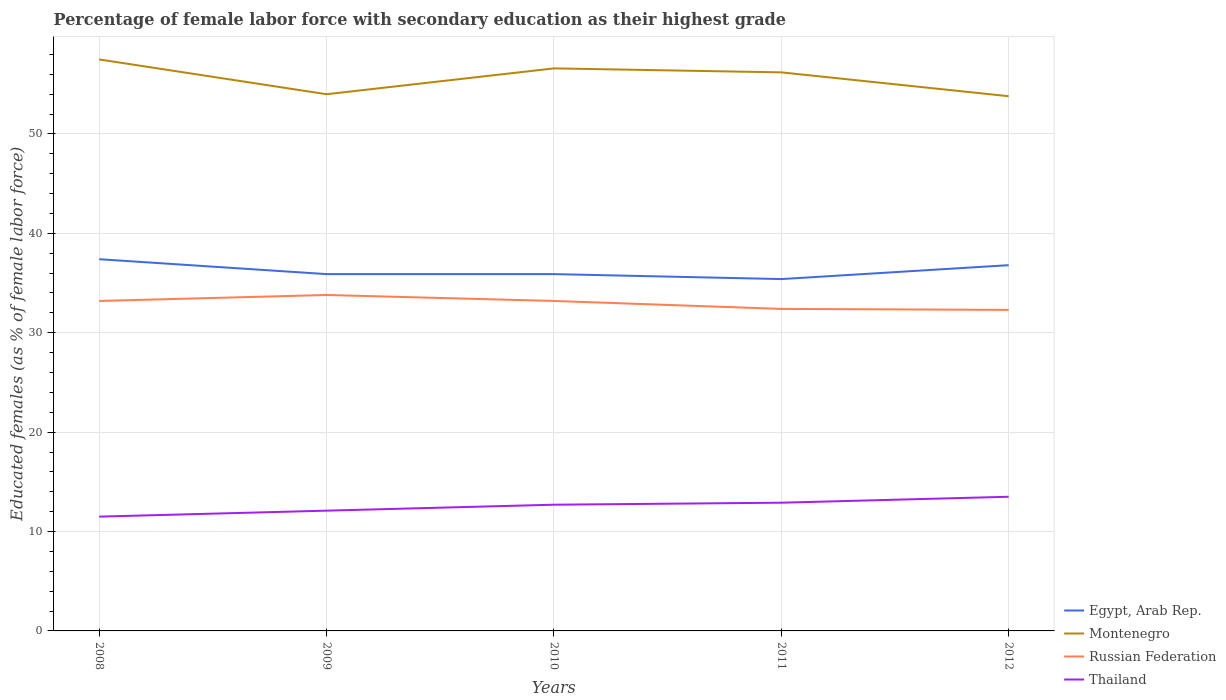
| Years | Egypt, Arab Rep. | Montenegro | Russian Federation | Thailand |
 | --- | --- | --- | --- | --- |
 | 2008 | 37.4 | 57.5 | 33.2 | 11.5 |
 | 2009 | 35.9 | 54 | 33.8 | 12.1 |
 | 2010 | 35.9 | 56.6 | 33.2 | 12.7 |
 | 2011 | 35.4 | 56.2 | 32.4 | 12.9 |
 | 2012 | 36.8 | 53.8 | 32.3 | 13.5 |